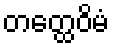
တတ္ထေဝိမံ